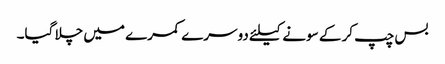
بس چپ کر کے سونے کیلئے دوسرے کمرے میں چلا گیا۔